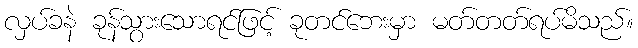
လှပ်ခနဲ ခုန်သွားသောရင်ဖြင့် ခုတင်ဘေးမှာ မတ်တတ်ရပ်မိသည်။